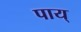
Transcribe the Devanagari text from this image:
पाय्